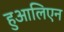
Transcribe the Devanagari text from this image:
हुआलिएन